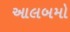
આલબમો